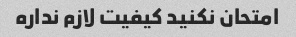
امتحان نکنید کیفیت لازم نداره